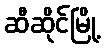
ဆီဆိုင်မြို့